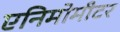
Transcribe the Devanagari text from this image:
एनिमोमीटर